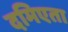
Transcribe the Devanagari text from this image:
दमिएता